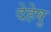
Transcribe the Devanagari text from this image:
देहेषु